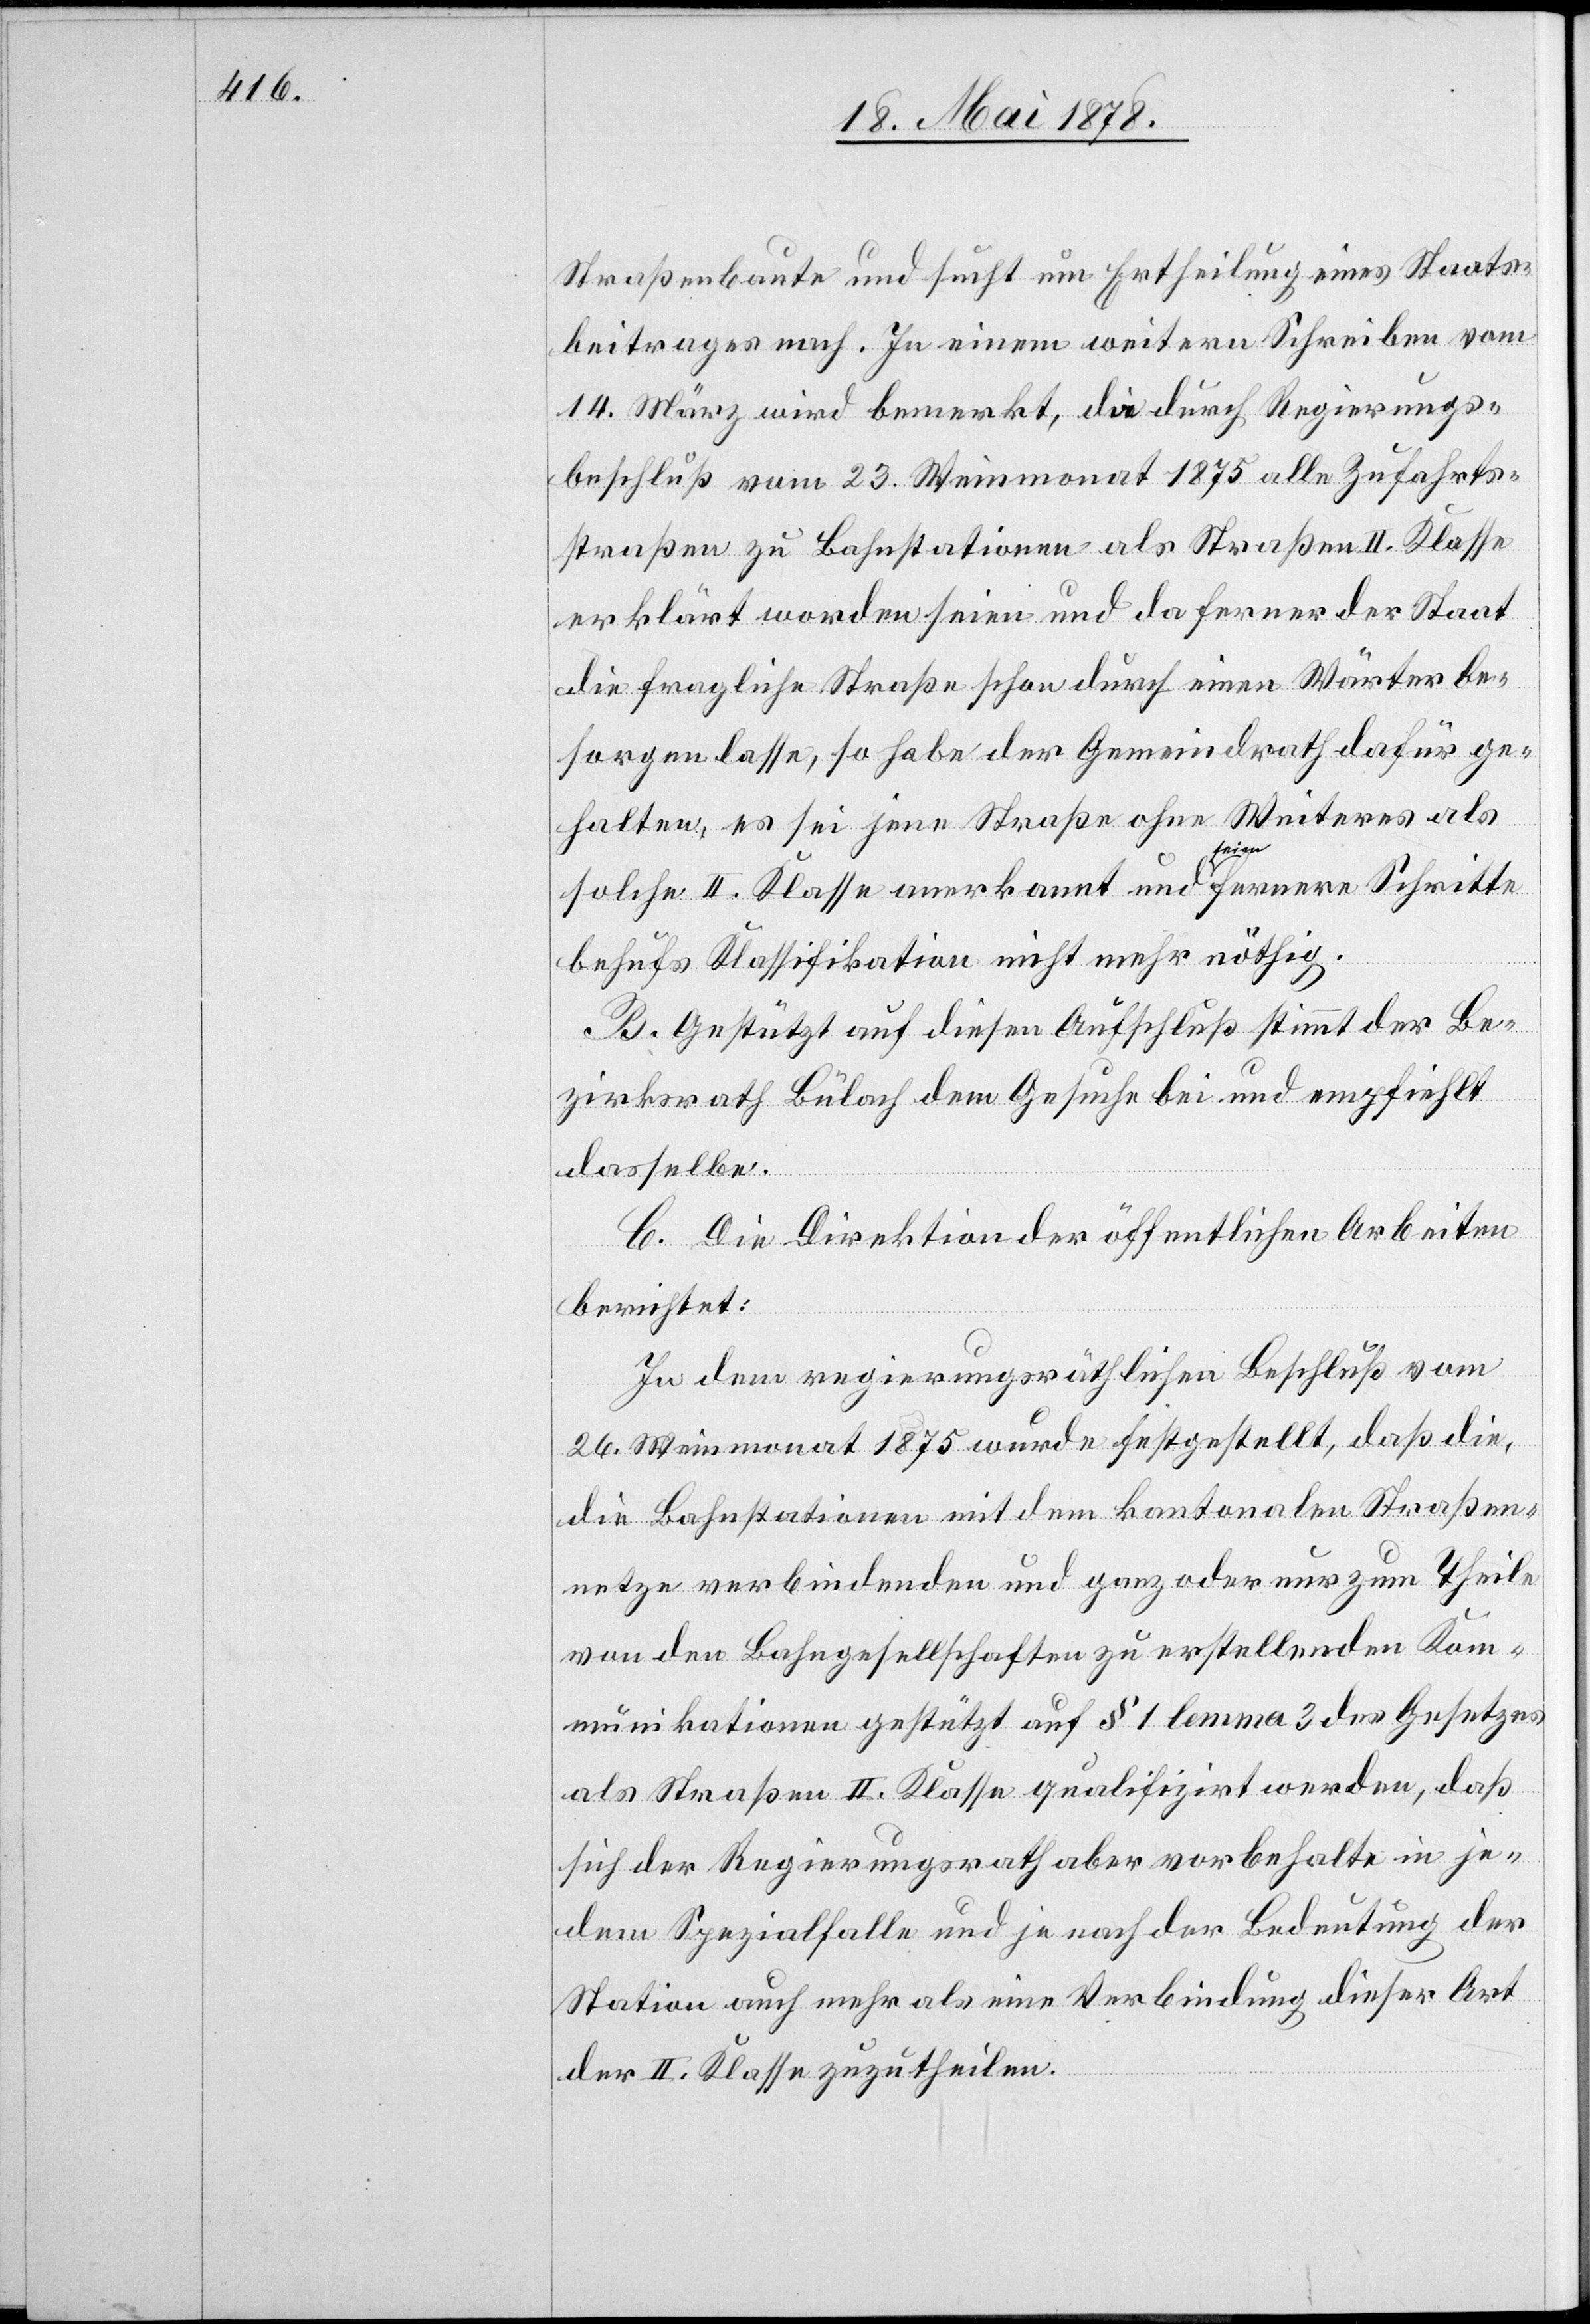
Straßenbaute und sucht um Ertheilung eines Staats¬
beitrages nach. In einem weitern Schreiben vom
14. März wird bemerkt, da durch Regierungs¬
beschluß vom 23. Weinmonat 1875 alle Zufahrts¬
straßen zu Bahnstationen als Straßen II. Klasse
erklärt worden seien und da ferner der Staat
die fragliche Straße schon durch einen Wärter be¬
sorgen lasse, so habe der Gemeindrath dafür ge¬
halten, es sei jene Straße ohne Weiteres als
solche II. Klasse anerkannt und seien fernere Schritte
behufs Klassifikation nicht mehr nöthig.
B. Gestützt auf diesen Aufschluß stimmt der Be¬
zirksrath Bülach dem Gesuche bei und empfiehlt
dasselbe.
C. Die Direktion der öffentlichen Arbeiten
berichtet:
In dem regierungsräthlichen Beschluß vom
26. Weinmonat 1875 wurde festgestellt, daß die,
die Bahnstationen mit dem kantonalen Straßen¬
netze verbindenden und ganz oder nur zum Theile
von den Bahngesellschaften zu erstellenden Kom¬
munikationen gestützt auf § 1 lemma 3 des Gesetzes
als Straßen II. Klasse qualifizirt werden, daß
sich der Regierungsrath aber vorbehalte in je¬
dem Spezialfalle und je nach der Bedeutung der
Station auch mehr als eine Verbindung dieser Art
der II. Klasse zuzutheilen.